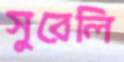
সুরেলি